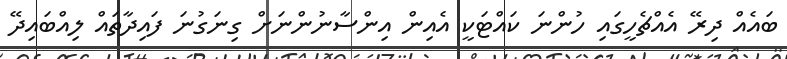
ބައެއް ދިރޭ އެއްޗެހީގައި ހުންނަ ކައްޓަކީ އެއިން އިންސާނުންނަށް ގިނަގުނަ ފައިދާތައް ލިއްބައިދޭ